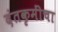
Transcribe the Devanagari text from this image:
दंतकृमींचा